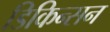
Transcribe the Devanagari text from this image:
डिकिन्‍सन